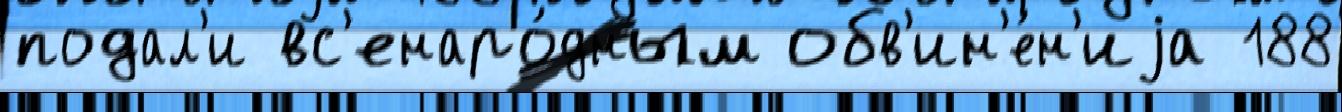
подал'и вс'енаро́дным обв'ин'е́н'иjа 188